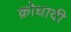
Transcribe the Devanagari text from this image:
क्रोधादी